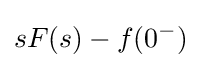
sF(s)-f(0^{-})\